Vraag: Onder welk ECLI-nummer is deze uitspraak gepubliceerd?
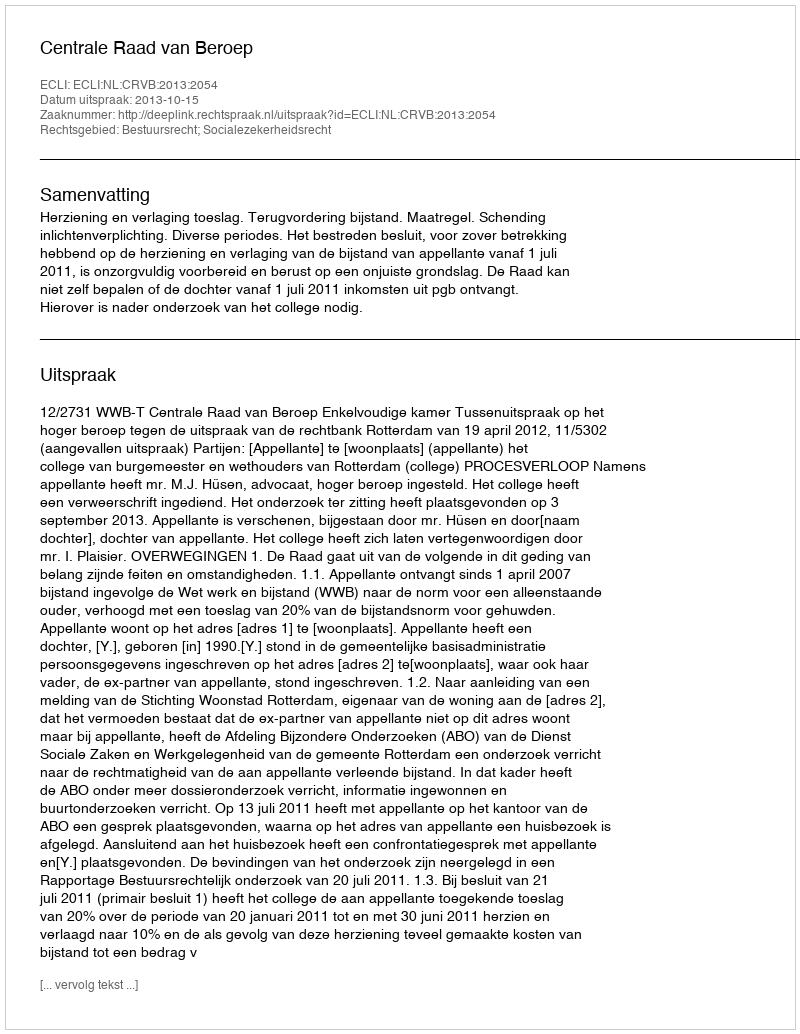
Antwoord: ECLI:NL:CRVB:2013:2054